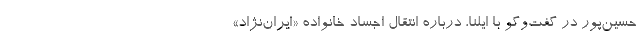
حسین‌پور در گفت‌وگو با ایلنا، درباره انتقال اجساد خانواده «ایران‌نژاد»